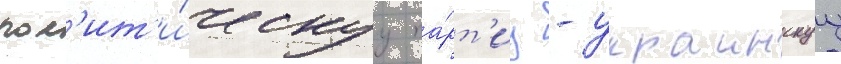
пол'ит'и́ческуу па́рт'иу - украинскуу